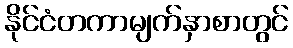
နိုင်ငံတကာမျက်နှာစာတွင်